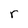
Character: r